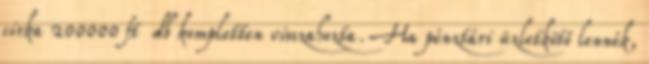
cirka 200000 ft db kompletten visszahozta. Ha pénztári üzletkötő lennék,